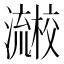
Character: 𰝱